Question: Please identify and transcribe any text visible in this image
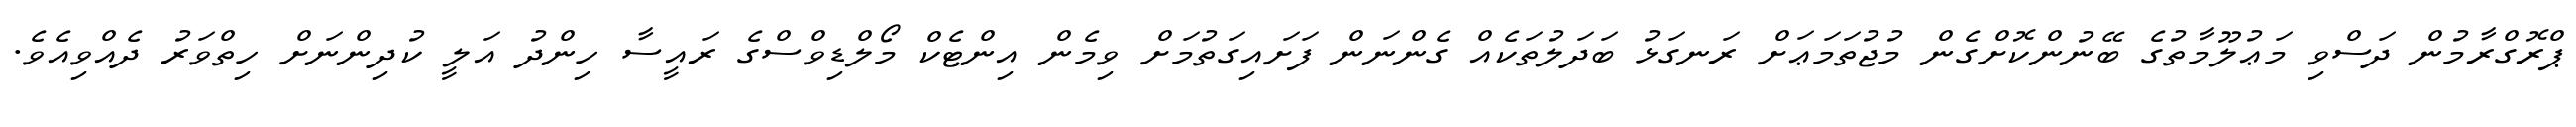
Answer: ޕްރޮގްރާމުން ދަސްވި މަޢުލޫމާތުގެ ބޭނުންކޮށްގެން މުޖުތަމަޢަށް ރަނގަޅު ބަދަލުތަކެއް ގެންނަން ފަށައިގަތުމަށް ވިމެން އިންޓެކް މޯލްޑިވްސްގެ ރައީސާ ހިންދު އަލީ ކުދިންނަށް ހިތްވަރު ދެއްވިއެވެ.